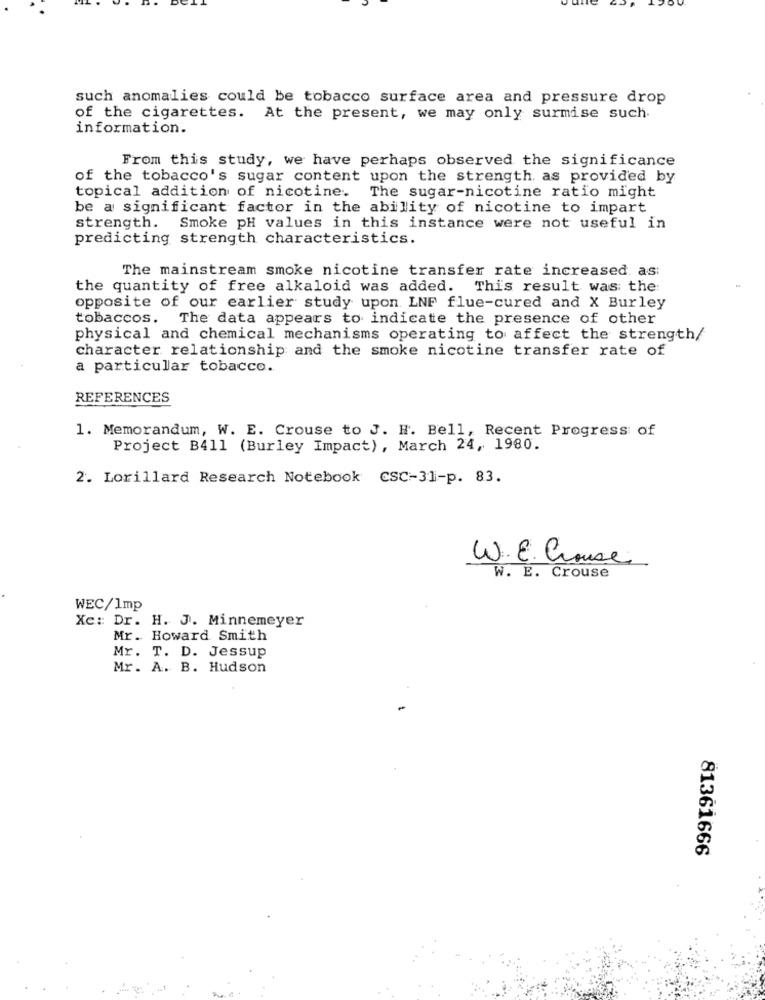
such anomalies could be tobacco surface area and pressure drop
of the cigarettes. At the present, we may only surmise such.
information.
From this study, we have perhaps observed the significance
of the tobacco's sugar content upon the strength as provided by
The sugar-nicotine ratio might
topical addition of nicotine.
be a significant factor in the ability of nicotine to impart
strength. Smoke pH values in this instance were not useful in
predicting strength characteristics.
The mainstream smoke nicotine transfer rate increased as:
the quantity of free alkaloid was added. This result was the:
opposite of our earlier study upon LNF flue-cured and X Burley
tobaccos. The data appears to indicate the presence of other
physical and chemical mechanisms operating to affect the strength/
character relationship and the smoke nicotine transfer rate of
a particular tobacco.
REFERENCES
1. Memorandum, W. E. Crouse to J. H. Bell, Recent Progress of
Project B411 (Burley Impact), March 24, 1980.
2. Lorillard Research Notebook CSC-31-p. 83.
W. E. Ghouse
W. E. Crouse
WEC/1mp
Xc: Dr. H. J. Minnemeyer
Mr. Howard Smith
Mr. T. D. Jessup
Mr. A. B. Hudson
81361666